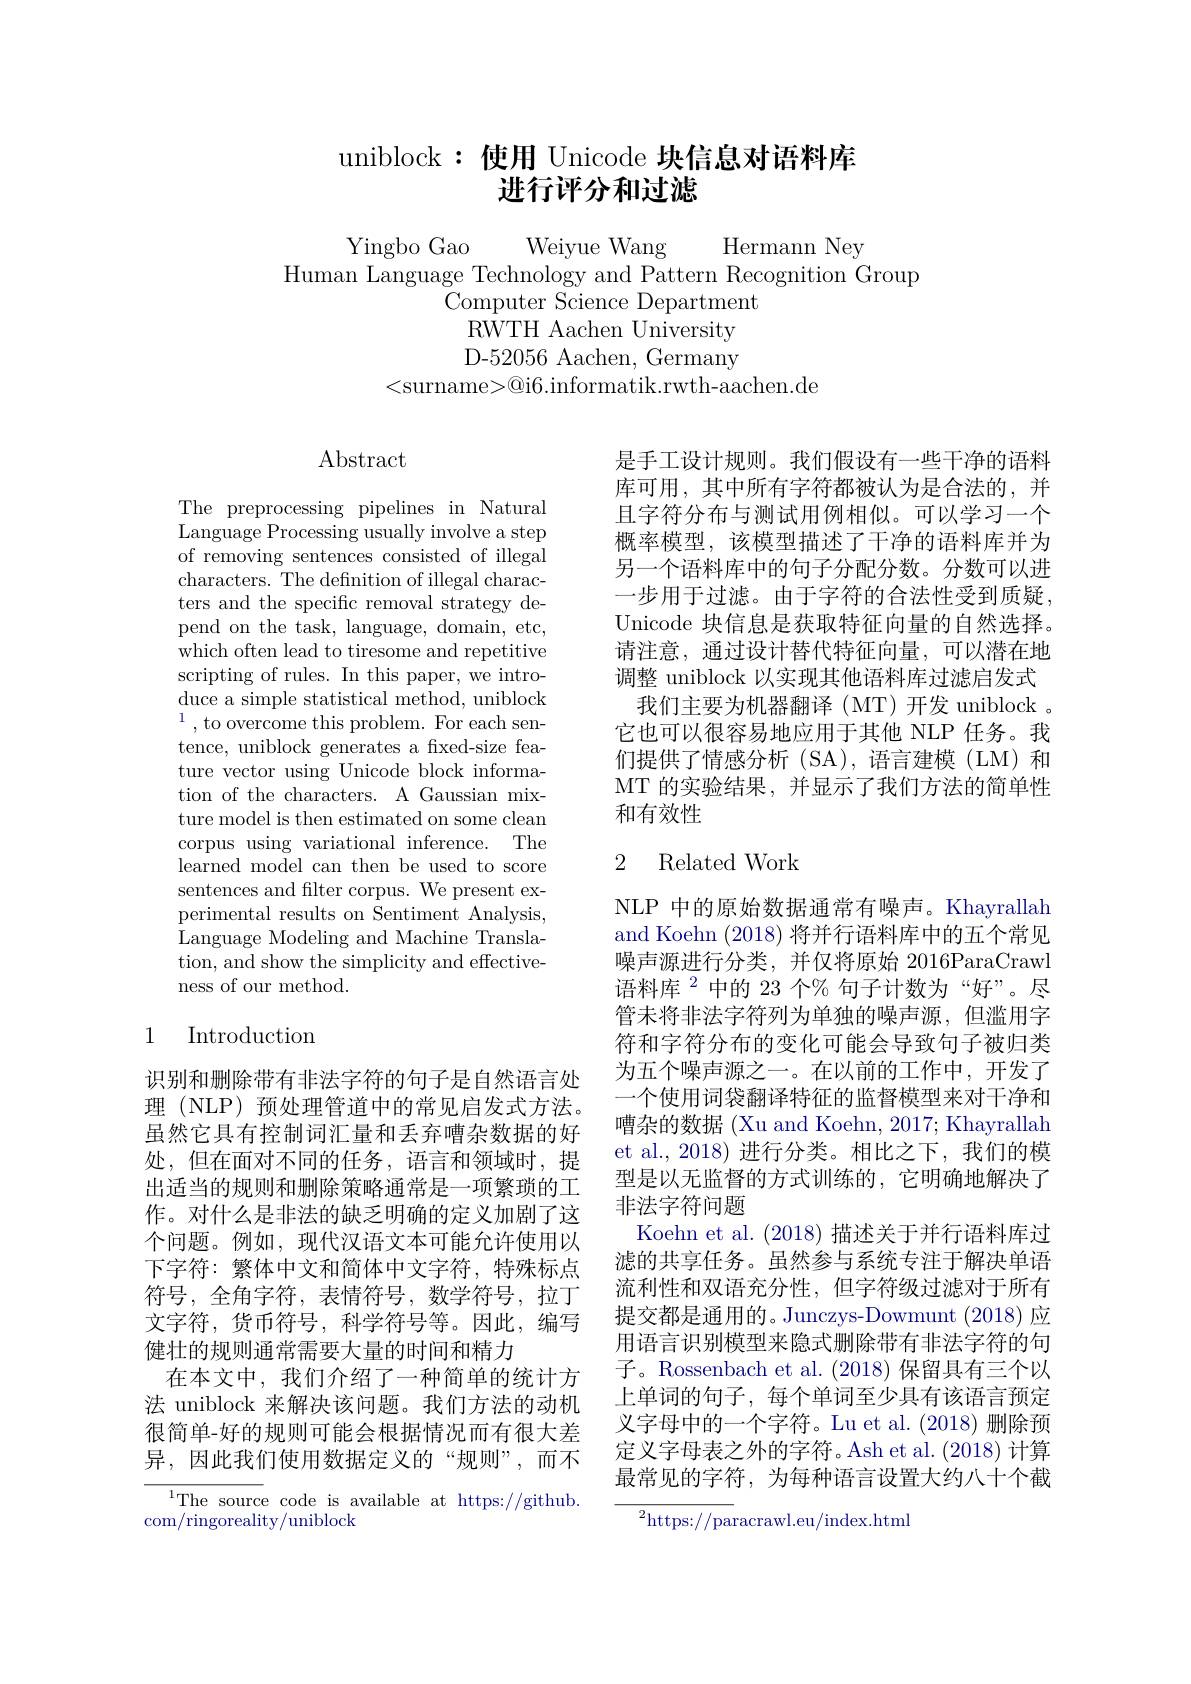
# uniblock:使用 Unicode 块信息对语料库进行评分和过滤

Weiyue Wang Hermann Ney
Yingbo Gao
Human Language Technology and Pattern Recognition Group
Computer Science Department
RWTH Aachen University D-52056 Aachen, Germany
<surname>@i6.informatik.rwth-aachen.de

## $\operatorname{Abstract}$

The preprocessing pipelines in Natural Language Processing usually involve a step of removing sentences consisted of illegal characters. The definition of illegal characters and the specific removal strategy depend on the task, language, domain, etc, which often lead to tiresome and repetitive scripting of rules. In this paper, we introduce a simple statistical method, uniblock $^{1}$, to overcome this problem. For each sentence, uniblock generates a fixed-size feature vector using Unicode block information of the characters. A Gaussian mixture model is then estimated on some clean corpus using variational inference. The $\bar{\text{learned model can then be used to score}}$ sentences and filter corpus. We present experimental results on Sentiment Analysis, Language Modeling and Machine Translation, and show the simplicity and effectiveness of our method.

### 1 Introduction

识别和删除带有非法字符的句子是自然语言处理 (NLP) 预处理管道中的常见启发式方法。虽然它具有控制词汇量和丢弃嘈杂数据的好处，但在面对不同的任务，语言和领域时，提出适当的规则和删除策略通常是一项繁琐的工作。对什么是非法的缺乏明确的定义加剧了这个问题。例如，现代汉语文本可能允许使用以下字符：繁体中文和简体中文字符，特殊标点符号，全角字符，表情符号，数学符号，拉丁文字符，货币符号，科学符号等。因此，编写健壮的规则通常需要大量的时间和精力
在本文中，我们介绍了一种简单的统计方法 uniblock 来解决该问题。我们方法的动机很简单-好的规则可能会根据情况而有很大差异，因此我们使用数据定义的“规则”,而不

$^{1}$The source code is available at https://github.
com/ringoreality/uniblock

是手工设计规则。我们假设有一些干净的语料库可用，其中所有字符都被认为是合法的，并且字符分布与测试用例相似。可以学习一个概率模型，该模型描述了干净的语料库并为另一个语料库中的句子分配分数。分数可以进一步用于过滤。由于字符的合法性受到质疑， Unicode 块信息是获取特征向量的自然选择。请注意，通过设计替代特征向量，可以潜在地调整 uniblock 以实现其他语料库过滤启发式
我们主要为机器翻译(MT)开发 uniblock 。它也可以很容易地应用于其他 NLP 任务。我们提供了情感分析(SA),语言建模(LM)和MT 的实验结果，并显示了我们方法的简单性和有效性

## 2 Related Work

NLP 中的原始数据通常有噪声。Khayrallah and Koehn (2018) 将并行语料库中的五个常见噪声源进行分类，并仅将原始 2016ParaCrawl 语料库$^{2}$中的 23个%句子计数为“好”。尽管未将非法字符列为单独的噪声源，但滥用字符和字符分布的变化可能会导致句子被归类为五个噪声源之一。在以前的工作中，开发了一个使用词袋翻译特征的监督模型来对干净和嘈杂的数据 (Xu and Koehn, 2017; Khayrallah et al., 2018) 进行分类。相比之下，我们的模型是以无监督的方式训练的，它明确地解决了非法字符问题
Koehn et al. (2018)描述关于并行语料库过滤的共享任务。虽然参与系统专注于解决单语流利性和双语充分性，但字符级过滤对于所有提交都是通用的。Junczys-Dowmunt (2018) 应用语言识别模型来隐式删除带有非法字符的句子。Rossenbach et al. (2018) 保留具有三个以上单词的句子，每个单词至少具有该语言预定义字母中的一个字符。Lu et al.(2018)删除预定义字母表之外的字符。Ash et al.(2018) 计算最常见的字符，为每种语言设置大约八十个截

$^{2}$https://paracrawl.eu/index.html